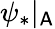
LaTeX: \psi_{*}|_{\mathsf{A}}